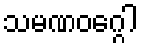
သမဏဝဂ္ဂေါ